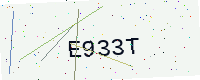
Text: E933T